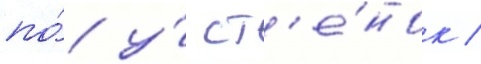
по́ у́ ст'е́нок /